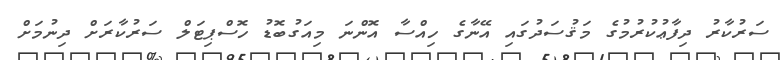
ސަރުކާރު ދިފާޢުކުރުމުގެ މަޤުސަދުގައި އޭނާގެ ހިއްސާ އޮންނަ މިއަގުބޮޑު ހޮސްޕިޓަލް ސަރުކާރަށް ދިނުމަށް